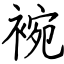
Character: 䘼